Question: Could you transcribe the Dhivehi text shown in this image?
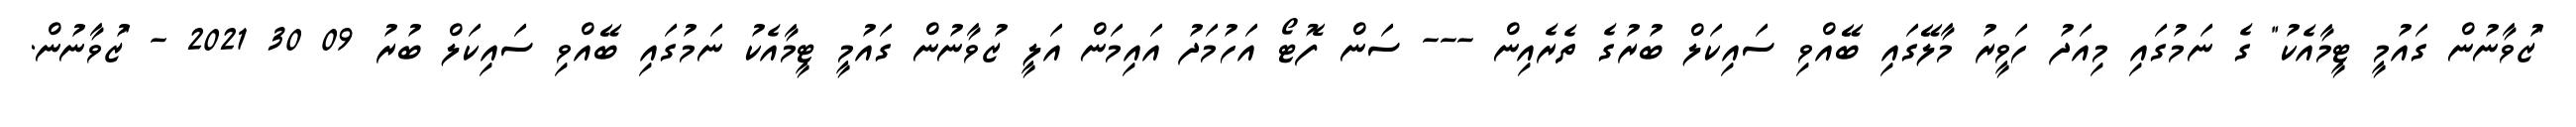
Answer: "ޒުވާނުން ގައުމީ ޓީމާއެކު" ގެ ނަމުގައި މިއަދު ހަވީރު މާލޭގައި ބޭއްވި ސައިކަލް ބުރުގެ ތެރެއިން --- ސަން ފޮޓޯ އަހުމަދު އައިމަން އަލީ ޒުވާނުން ގައުމީ ޓީމާއެކު ނަމުގައި ބޭއްވި ސައިކަލް ބުރު 09 30 2021 - "ޒުވާނުން.